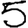
Digit: 5